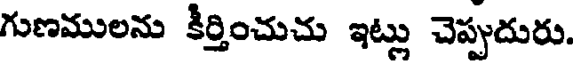
గుణములను కీర్తించుచు ఇట్లు చెప్పుదురు.